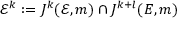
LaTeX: { \mathcal { E } } ^ { k } : = J ^ { k } ( { \mathcal { E } } , m ) \cap J ^ { k + l } ( E , m )